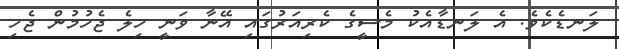
ލަނޑެކެވެ. އެ ލަނޑާއެކު މެސީގެ ކެރިއަރުގައި އޭނާ ވަނީ ހިލެ ޖެހުމުން ޖެހި